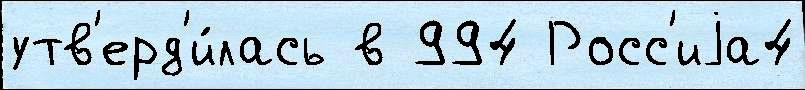
утв'ерд'и́лась в 994 Росс'иjа4